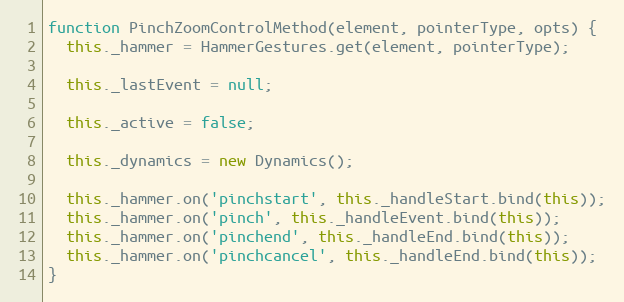
Language: JavaScript
function PinchZoomControlMethod(element, pointerType, opts) {
  this._hammer = HammerGestures.get(element, pointerType);

  this._lastEvent = null;

  this._active = false;

  this._dynamics = new Dynamics();

  this._hammer.on('pinchstart', this._handleStart.bind(this));
  this._hammer.on('pinch', this._handleEvent.bind(this));
  this._hammer.on('pinchend', this._handleEnd.bind(this));
  this._hammer.on('pinchcancel', this._handleEnd.bind(this));
}